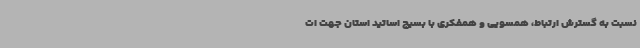
نسبت به گسترش ارتباط، همسویی و همفکری با بسیج اساتید استان جهت ات